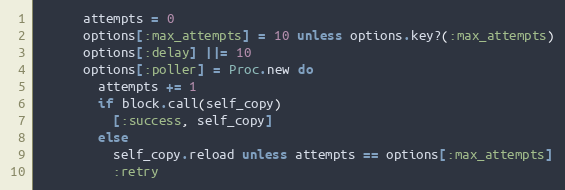
Language: Ruby
      attempts = 0
      options[:max_attempts] = 10 unless options.key?(:max_attempts)
      options[:delay] ||= 10
      options[:poller] = Proc.new do
        attempts += 1
        if block.call(self_copy)
          [:success, self_copy]
        else
          self_copy.reload unless attempts == options[:max_attempts]
          :retry